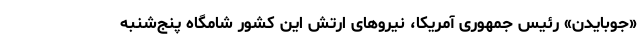
«جوبایدن» رئیس جمهوری آمریکا، نیرو‌های ارتش این کشور شامگاه پنج‌شنبه